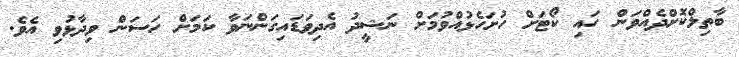
ބާތިލްކޮށްދެއްވަން ހައި ކޯޓަށް ހުށަހެޅުއްވުމަށް ނަޝީދު އެދިވަޑައިގަންނަވާ ކަމަށް ހަސަން ވިދާޅުވި އެވެ.